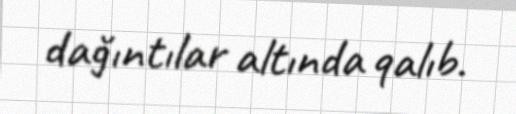
dağıntılar altında qalıb.